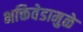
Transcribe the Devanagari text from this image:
भक्तिवेडामुळे